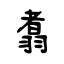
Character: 翥